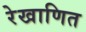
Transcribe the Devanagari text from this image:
रेखाणित